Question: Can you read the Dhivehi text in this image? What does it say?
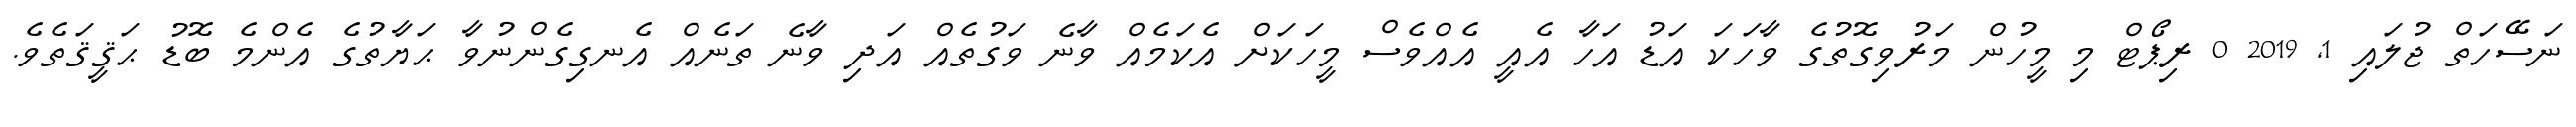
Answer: ނަސޭހަތް ޖުލައި 1, 2019 0 ރިޕޯޓް މި މީހުން މަރުވިގޮތުގެ ވާހަކަ އަޑު އަހާ އެއީ އެއްވެސް މީހަކަށް އެކަމެއް ވާނެ ވަގުތެއް އަދި ވާނެ ތަނެއް އެނގިގެންނުވާ ޙަޔާތުގެ އެންމެ ބޮޑު ޙަޤީޤަތެވެ.